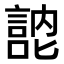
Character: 𭋚